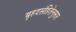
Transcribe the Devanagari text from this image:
बृहदसंहितेनुसार